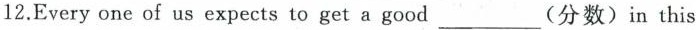
12.Every one of us expects to get a good___(分数) in this